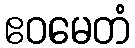
ဧဝမေတံ